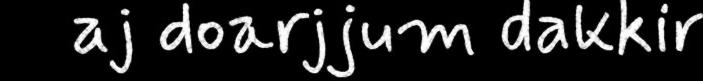
aj doarjjum dakkir